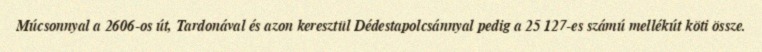
Múcsonnyal a 2606-os út, Tardonával és azon keresztül Dédestapolcsánnyal pedig a 25 127-es számú mellékút köti össze.